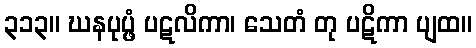
၃၁၃။ ဃနပုပ္ဖံ ပဋလိကာ၊ သေတံ တု ပဋိကာ ပျထ။